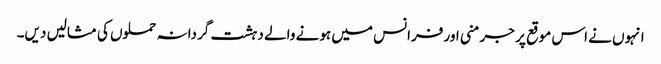
انہوں نے اس موقع پر جرمنی اور فرانس میں ہونے والے دہشت گردانہ حملوں کی مثالیں دیں۔